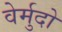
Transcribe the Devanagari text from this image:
वेर्मुदो